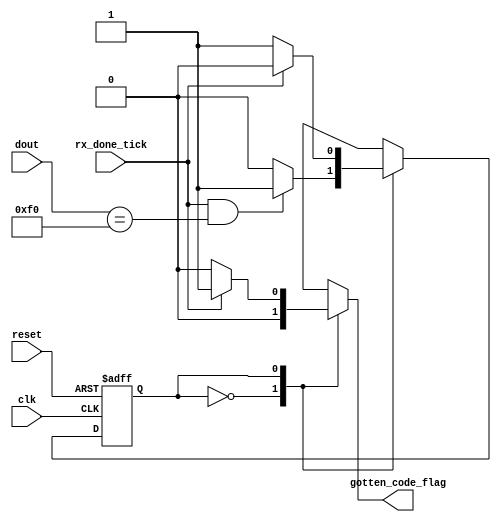
`timescale 1ns / 1ps

module key_id(
		input wire clk, reset,
		input wire rx_done_tick,
		input wire [7:0] dout,//Utilizar solo los bits que realmente contienen el cdigo de la tecla
		output reg gotten_code_flag //Bandera para actualizar el FIFO
    );

localparam break_code = 8'hF0;

localparam wait_break_code = 1'b0;
localparam get_code = 1'b1;
/*localparam interruption = 2'b10;*/

reg state_next, state_reg;

//FSM
always @(posedge clk, posedge reset)
	if (reset)
		state_reg <= wait_break_code;
	else
		state_reg <= state_next;
		
//NEXT STATE LOGIC
always @*
begin
	gotten_code_flag = 1'b0;
	state_next = state_reg;
	case (state_reg)
		wait_break_code:  // Espera "break code"
			if (rx_done_tick == 1'b1 && dout == break_code)
				state_next = get_code;
			else begin
				state_next = wait_break_code;
				gotten_code_flag =1'b0;
				end
		get_code:  // Obtener el prximo cdigo
			if (rx_done_tick)
				begin
					gotten_code_flag =1'b1;
					state_next = wait_break_code;
				end
	endcase
end
endmodule